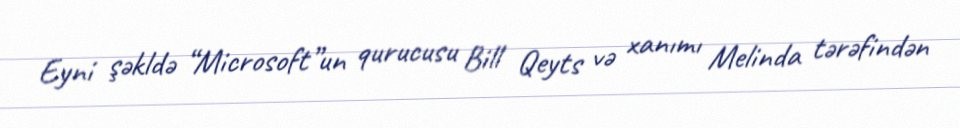
Eyni şəkldə “Microsoft”un qurucusu Bill Qeyts və xanımı Melinda tərəfindən